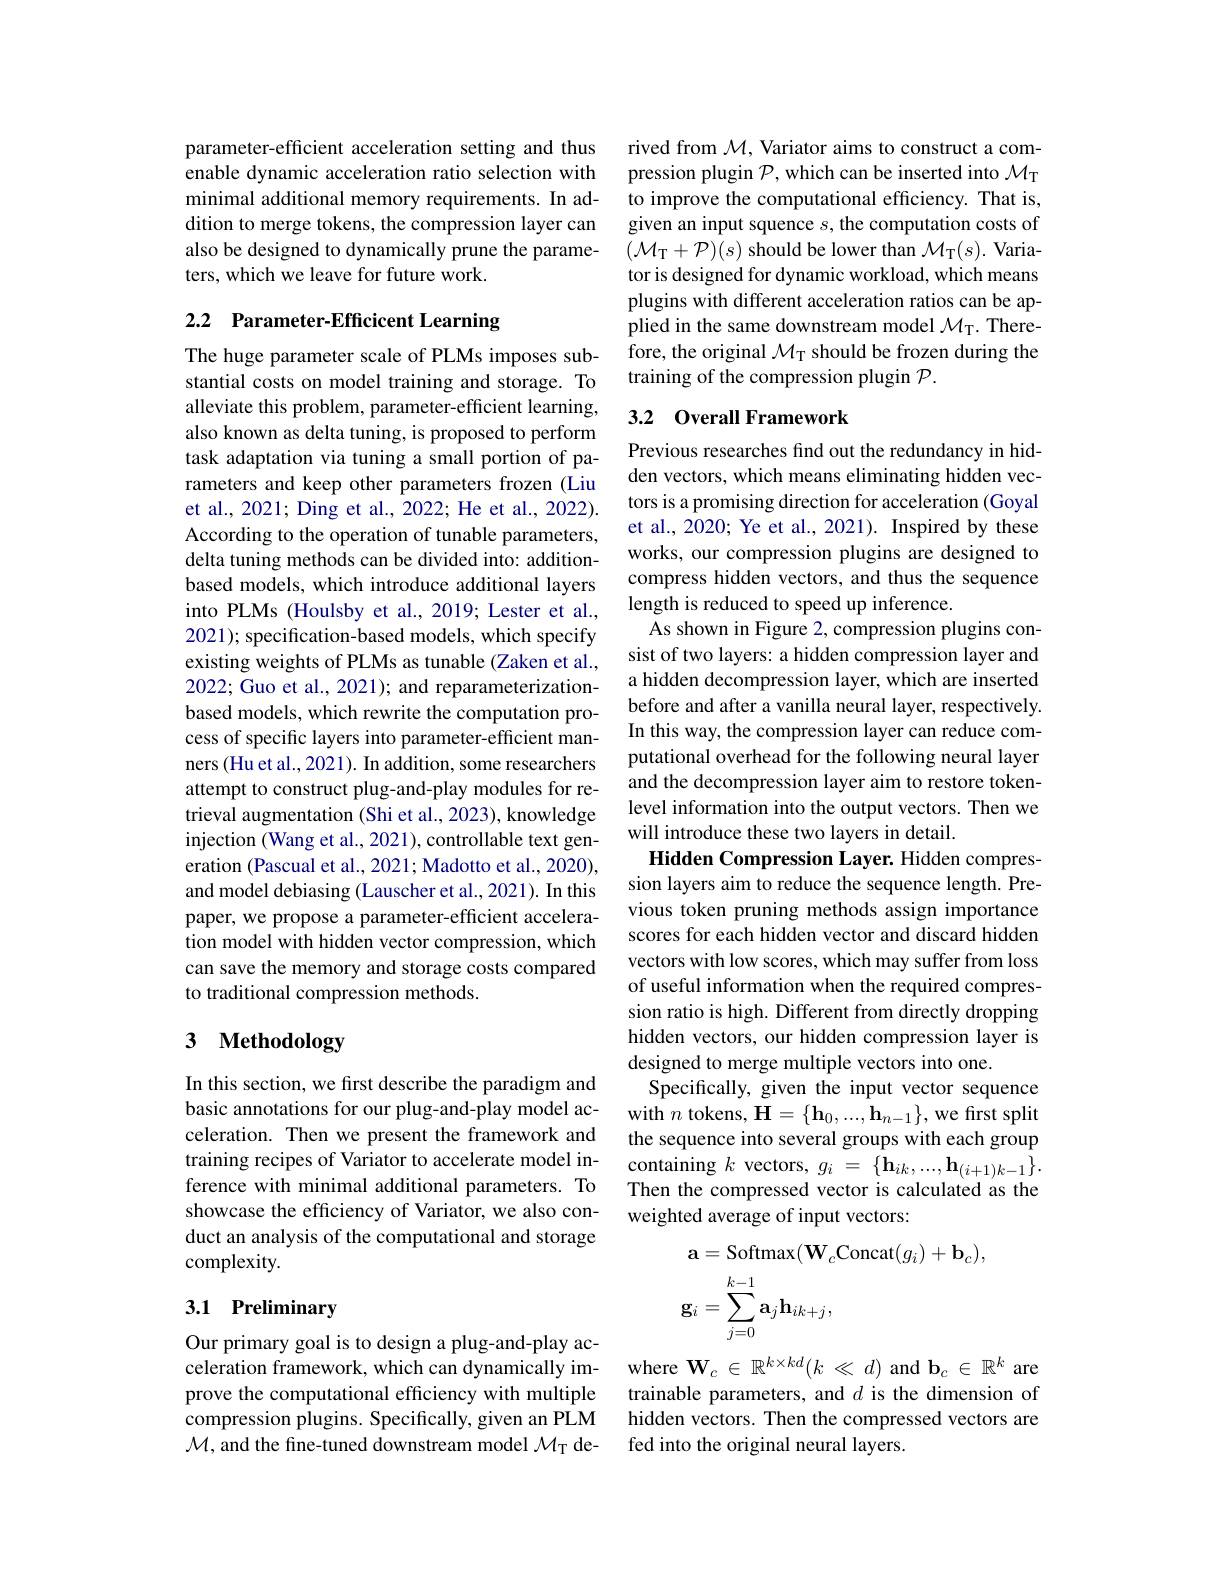
parameter-efficient acceleration setting and thus enable dynamic acceleration ratio selection with minimal additional memory requirements. In addition to merge tokens, the compression layer can also be designed to dynamically prune the parameters, which we leave for future work.

# 2.2 Parameter-Efficicent Learning

The huge parameter scale of PLMs imposes substantial costs on model training and storage. To alleviate this problem, parameter-efficient learning, also known as delta tuning, is proposed to perform task adaptation via tuning a small portion of parameters and keep other parameters frozen (Liu et al., 2021; Ding et al., 2022; He et al., 2022). According to the operation of tunable parameters, delta tuning methods can be divided into: additionbased models, which introduce additional layers into PLMs (Houlsby et al., 2019; Lester et al., 2021); specification-based models, which specify existing weights of PLMs as tunable (Zaken et al., 2022; Guo et al., 2021); and reparameterizationbased models, which rewrite the computation process of specific layers into parameter-efficient manners (Hu et al., 2021). In addition, some researchers attempt to construct plug-and-play modules for retrieval augmentation (Shi et al., 2023), knowledge injection (Wang et al., 2021), controllable text generation (Pascual et al., 2021; Madotto et al., 2020), and model debiasing (Lauscher et al., 2021). In this paper, we propose a parameter-efficient acceleration model with hidden vector compression, which can save the memory and storage costs compared to traditional compression methods.

# 3 Methodology

In this section, we first describe the paradigm and basic annotations for our plug-and-play model acceleration. Then we present the framework and training recipes of Variator to accelerate model inference with minimal additional parameters. To showcase the efficiency of Variator, we also conduct an analysis of the computational and storage complexity.

## 3.1 Preliminary

Our primary goal is to design a plug-and-play acceleration framework, which can dynamically improve the computational efficiency with multiple compression plugins. Specifically, given an PLM $\mathcal{M}$, and the fine-tuned downstream model $\mathcal{M}_\mathrm{T}$ de-

rived from $\mathcal{M}$, Variator aims to construct a compression plugin $\mathcal{P}$,which can be inserted into $\mathcal{M}_\mathrm{T}$ to improve the computational efficiency. That is, given an input squence $s$, the computation costs of $( \mathcal{M} _{\mathrm{T} }+ \mathcal{P} ) ( s)$ should be lower than $\mathcal{M}_\mathrm{T}(s).$ Variator is designed for dynamic workload, which means plugins with different acceleration ratios can be applied in the same downstream model $\mathcal{M}_{\mathrm{T}}.$ Therefore, the original $\mathcal{M}_\mathrm{T}$ should be frozen during the training of the compression plugin $\mathcal{P}.$

## 3.2 Overall Framework

Previous researches find out the redundancy in hidden vectors, which means eliminating hidden vectors is a promising direction for acceleration (Goyal et al., 2020; Ye et al., 2021). Inspired by these works, our compression plugins are designed to compress hidden vectors, and thus the sequence length is reduced to speed up inference.
As shown in Figure 2, compression plugins consist of two layers: a hidden compression layer and a hidden decompression layer, which are inserted before and after a vanilla neural layer, respectively. In this way, the compression layer can reduce computational overhead for the following neural layer and the decompression layer aim to restore tokenlevel information into the output vectors. Then we will introduce these two layers in detail.
Hidden Compression Layer. Hidden compression layers aim to reduce the sequence length. Previous token pruning methods assign importance scores for each hidden vector and discard hidden vectors with low scores, which may suffer from loss of useful information when the required compression ratio is high. Different from directly dropping hidden vectors, our hidden compression layer is designed to merge multiple vectors into one.
Specifically, given the input vector sequence with $n$ tokens, H$=\{\mathbf{h}_0,...,\mathbf{h}_{n-1}\}$, we first split the sequence into several groups with each group containing $k$ vectors, $g_i=\{\mathbf{h}_{ik},...,\mathbf{h}_{(i+1)k-1}\}.$ Then the compressed vector is calculated as the weighted average of input vectors:
$$\begin{aligned}&\mathbf{a}=\mathrm{Softmax}(\mathbf{W}_{c}\mathrm{Concat}(g_{i})+\mathbf{b}_{c}),\\&\mathbf{g}_{i}=\sum_{j=0}^{k-1}\mathbf{a}_{j}\mathbf{h}_{ik+j},\end{aligned}$$
where $\mathbf{W}_c\in\mathbb{R}^{k\times kd}(k\ll d)$ and $\mathbf{b}_c\in\mathbb{R}^k$ are trainable parameters, and $d$ is the dimension of hidden vectors. Then the compressed vectors are fed into the original neural layers.